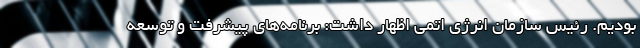
بودیم. رئیس سازمان انرژی اتمی اظهار داشت:‌ برنامه‌های پیشرفت و توسعه